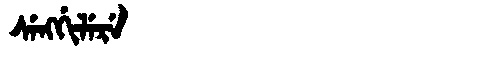
Manchu: ᠰᡝᠩᡤᡳᠯᡝᡵᡝ
Romanization: SENGGILERE